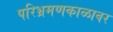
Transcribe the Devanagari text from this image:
परिभ्रमणकाळावर